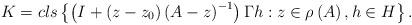
LaTeX: \begin{align*}K=cls\left\{ \left( I+\left( z-z_{0} \right)\left( A-z \right)^{-1} \right)\Gamma h:z\in \rho \left( A \right),h\in H \right\}.\end{align*}